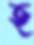
হ